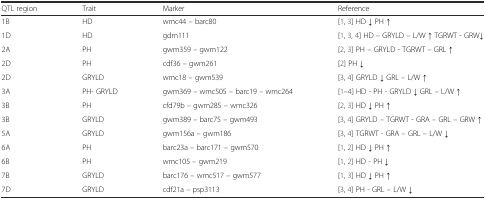
| QTL region | Trait | Marker | Reference |
 | --- | --- | --- | --- |
 | 1B | HD | wmc44 – barc80 | [1, 3] HD ↓ PH ↑ |
 | 1D | HD | gdm111 | [1, 3, 4] HD – GRYLD – L/W ↑ TGRWT - GRW↓ |
 | 2A | PH | gwm359 – gwm122 | [2, 3] PH – GRYLD - TGRWT – GRL ↑ |
 | 2D | PH | cdf36 – gwm261 | [2] PH ↓ |
 | 2D | GRYLD | wmc18 – gwm539 | [3, 4] GRYLD ↓ GRL – L/W ↑ |
 | 3A | PH- GRYLD | gwm369 – wmc505 – barc19 – wmc264 | [1–4] HD - PH - GRYLD ↓ GRL – L/W ↑ |
 | 3B | PH | cfd79b – gwm285 – wmc326 | [2, 3] HD ↓ PH ↑ |
 | 3B | GRYLD | gwm389 – barc75 – gwm493 | [3, 4] GRYLD – TGRWT - GRA – GRL – GRW ↑ |
 | 5A | GRYLD | gwm156a – gwm186 | [3, 4] TGRWT - GRA – GRL – L/W ↓ |
 | 6A | PH | barc23a – barc171 – gwm570 | [1, 2] HD ↓ PH ↑ |
 | 6B | PH | wmc105 – gwm219 | [1, 2] HD - PH ↓ |
 | 7B | GRYLD | barc176 – wmc517 – gwm577 | [1, 3] HD ↓ PH ↑ |
 | 7D | GRYLD | cdf21a – psp3113 | [3, 4] PH - GRL – L/W ↓ |